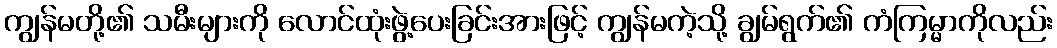
ကျွန်မတို့၏ သမီးများကို လောင်ထုံးဖွဲ့ပေးခြင်းအားဖြင့် ကျွန်မကဲ့သို့ ချွမ်ရွက်၏ ကံကြမ္မာကိုလည်း